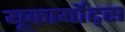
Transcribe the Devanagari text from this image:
यूकार्योट्स